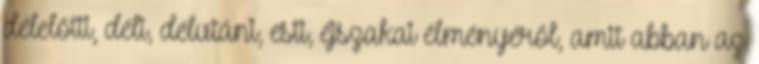
délelőtti, déli, délutáni, esti, éjszakai élményéről, amit abban az